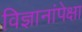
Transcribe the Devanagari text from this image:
विज्ञानांपेक्षा